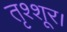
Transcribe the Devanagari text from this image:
तृश्शूर।